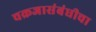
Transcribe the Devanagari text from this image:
चक्रजासंबंधीचा